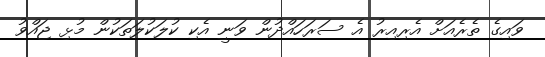
ވައިގެ ތެރެއަށް އެރިއިރު އެ ސަރަހައްދުން ވަނީ އެކި ކުލަކުލަތަކުން މުޅި ޖައްވު